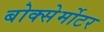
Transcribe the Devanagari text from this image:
बोक्सेर्मोटर